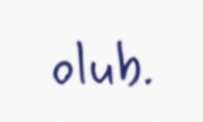
olub.